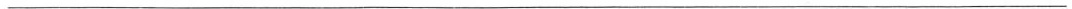
___